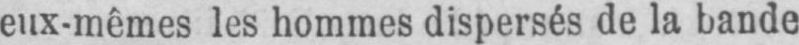
eux-mêmes les hommes dispersés de la bande